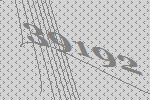
39192